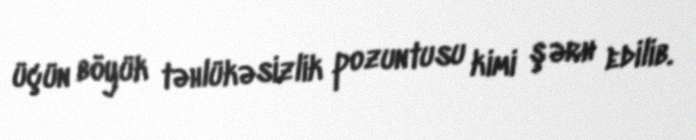
üçün böyük təhlükəsizlik pozuntusu kimi şərh edilib.